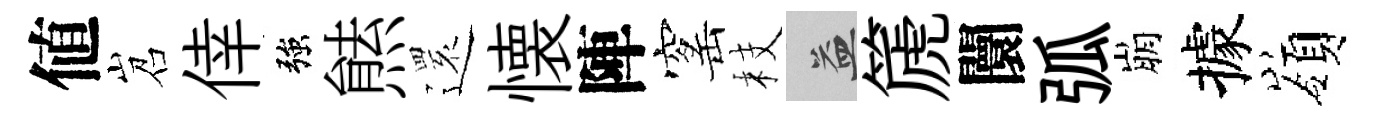
値岧倖強㷱𮟃懐陣窰枝益篪闤弧崩據嶺